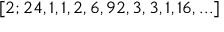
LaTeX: [ 2 ; 2 4 , 1 , 1 , 2 , 6 , 9 2 , 3 , 3 , 1 , 1 6 , . . . ]